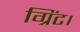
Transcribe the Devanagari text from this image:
ग्रिंट।